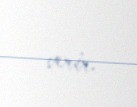
verir.